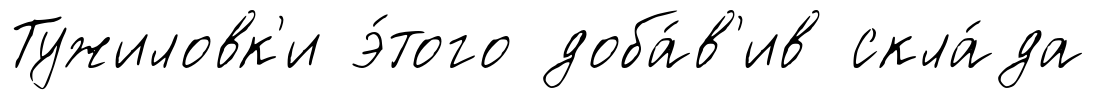
Тужиловк'и э́того доба́в'ив скла́да